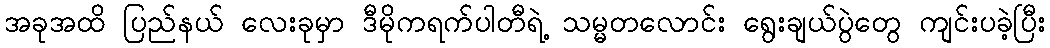
အခုအထိ ပြည်နယ် လေးခုမှာ ဒီမိုကရက်ပါတီရဲ့ သမ္မတလောင်း ရွေးချယ်ပွဲတွေ ကျင်းပခဲ့ပြီး